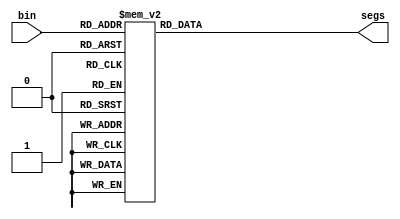
`timescale 1ns / 1ps
//////////////////////////////////////////////////////////////////////////////////
// Company: 
// Engineer: 
// 
// Design Name: 
// Module Name: display
// Project Name: 
// Target Devices: 
// Tool Versions: 
// Description: 
// 
// Dependencies: 
// 
// Revision:
// Revision 0.01 - File Created
// Additional Comments:
// 
//////////////////////////////////////////////////////////////////////////////////

// define segment codes
`define SS_0 8'b00000011
`define SS_1 8'b10011111
`define SS_2 8'b00100101
`define SS_3 8'b00001101
`define SS_4 8'b10011001
`define SS_5 8'b01001001
`define SS_6 8'b01000001
`define SS_7 8'b00011111
`define SS_8 8'b00000001
`define SS_9 8'b00001001
`define SS_10 8'b11111101

module display(segs, bin);
output [7:0] segs;  
input [3:0] bin;
reg [7:0] segs;  

always @*
  case (bin)
    4'd0: segs = `SS_0;
    4'd1: segs = `SS_1;
    4'd2: segs = `SS_2;
    4'd3: segs = `SS_3;
    4'd4: segs = `SS_4;
    4'd5: segs = `SS_5;
    4'd6: segs = `SS_6;
    4'd7: segs = `SS_7;
    4'd8: segs = `SS_8;
    4'd9: segs = `SS_9;
    default: segs = `SS_10;
  endcase
endmodule